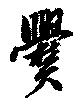
爨